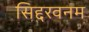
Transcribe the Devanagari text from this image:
सिद्दरवनम